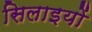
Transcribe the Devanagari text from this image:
सिलाइयों